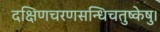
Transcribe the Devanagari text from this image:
दक्षिणचरणसन्धिचतुष्केषु।